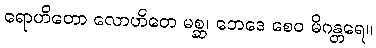
ရောဟိတော လောဟိတေ မစ္ဆ၊ ဘေဒေ စေဝ မိဂန္တရေ။